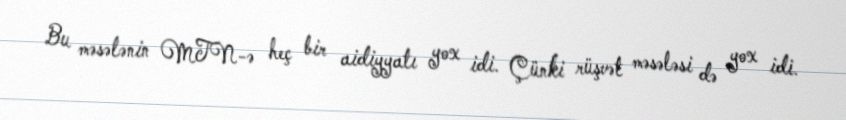
Bu məsələnin MTN-ə heç bir aidiyyatı yox idi. Çünki rüşvət məsələsi də yox idi.